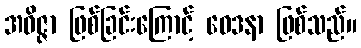
အဝိဇ္ဇာ ဖြစ်ခြင်းကြောင့် ဝေဒနာ ဖြစ်သည်။